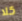
كلا